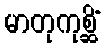
မာတုကုစ္ဆိံ